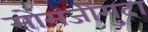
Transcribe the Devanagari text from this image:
सोमजीगुदा